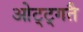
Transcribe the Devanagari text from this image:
ओट्ट्गतै